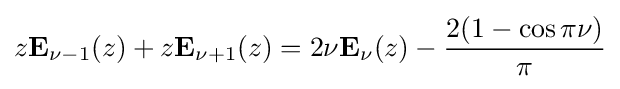
z\mathbf {E} _{\nu -1}(z)+z\mathbf {E} _{\nu +1}(z)=2\nu \mathbf {E} _{\nu }(z)-{\frac {2(1-\cos \pi \nu )}{\pi }}